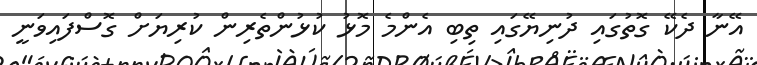
އޭނާ ދެކޭ ގޮތުގައި ދުނިޔޭގައި ތިބި އެންމެ މޮޅު ކުޅުންތެރިން ކުރިޔަށް ގޮސްފައިވަނީ